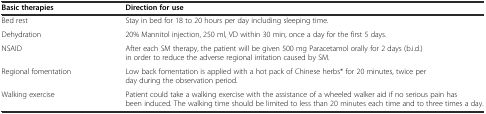
<table><thead><tr><td><b>Basic therapies</b></td><td><b>Direction for use</b></td></tr></thead><tbody><tr><td>Bed rest</td><td>Stay in bed for 18 to 20 hours per day including sleeping time.</td></tr><tr><td>Dehydration</td><td>20% Mannitol injection, 250 ml, VD within 30 min, once a day for the first 5 days.</td></tr><tr><td>NSAID</td><td>After each SM therapy, the patient will be given 500 mg Paracetamol orally for 2 days (b.i.d.) in order to reduce the adverse regional irritation caused by SM.</td></tr><tr><td>Regional fomentation</td><td>Low back fomentation is applied with a hot pack of Chinese herbs* for 20 minutes, twice per day during the observation period.</td></tr><tr><td>Walking exercise</td><td>Patient could take a walking exercise with the assistance of a wheeled walker aid if no serious pain has been induced. The walking time should be limited to less than 20 minutes each time and to three times a day.</td></tr></tbody></table>